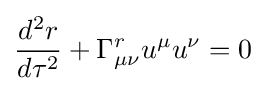
{\frac {d^{2}r}{d\tau ^{2}}}+\Gamma _{\mu \nu }^{r}u^{\mu }u^{\nu }=0